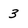
Character: 3